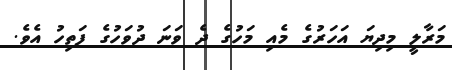
މަރާލީ މިދިޔަ އަހަރުގެ މެއި މަހުގެ ދެ ވަނަ ދުވަހުގެ ފަތިހު އެވެ.